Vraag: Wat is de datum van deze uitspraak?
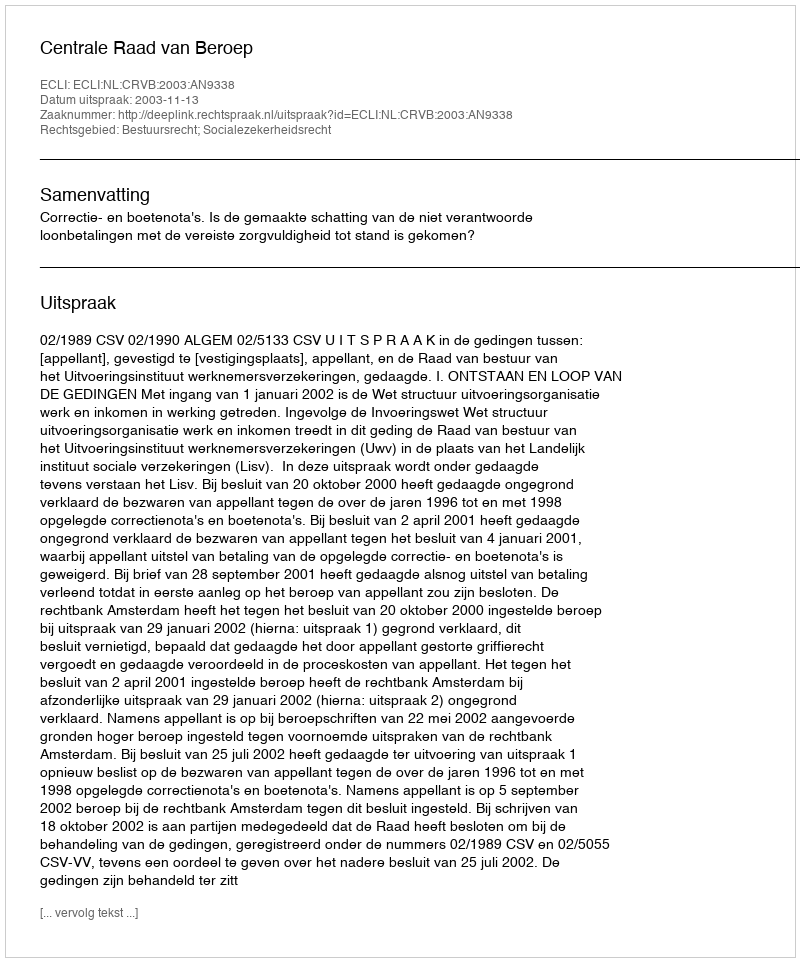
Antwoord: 2003-11-13